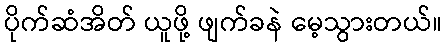
ပိုက်ဆံအိတ် ယူဖို့ ဖျက်ခနဲ မေ့သွားတယ်။